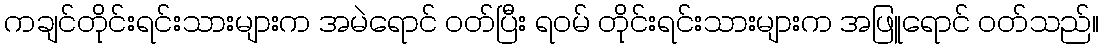
ကချင်တိုင်းရင်းသားများက အမဲရောင် ဝတ်ပြီး ရဝမ် တိုင်းရင်းသားများက အဖြူရောင် ဝတ်သည်။